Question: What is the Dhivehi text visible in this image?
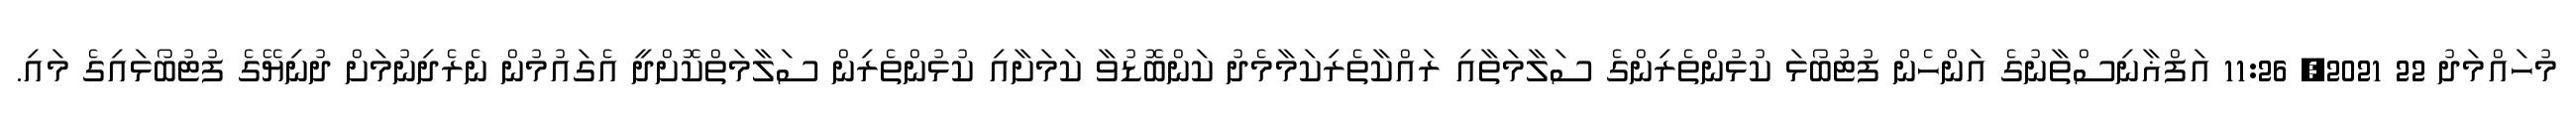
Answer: މުހައްމަދު 22 2021, 11:26 އަފްޣާނިސްތާނުގެ އަންހެން ފުޓުބޯޅަ ކުޅުންތެރިންގެ ސަލާމަތާއި ރައްކާތެރިކަމާމެދު ކަންބޮޑުވާ ކަމަށާއި ކުޅުންތެރިން ސަލާމަތްކޮށްދީ އެގައުމުން ނެރެދިނުމަށް ދުނިޔޭގެ ފުޓުބޯޅައިގެ މައި.